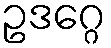
ဥဒဂ္ဂေ